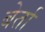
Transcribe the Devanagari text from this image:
बेर्ता